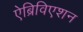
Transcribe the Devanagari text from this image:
ऐब्रिविएशन